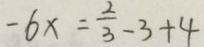
- 6 x = \frac { 2 } { 3 } - 3 + 4